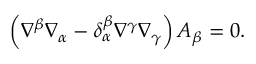
\left( \nabla ^ { \beta } \nabla _ { \alpha } - \delta _ { \alpha } ^ { \beta } \nabla ^ { \gamma } \nabla _ { \gamma } \right) A _ { \beta } = 0 .